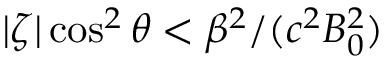
| \zeta | \cos ^ { 2 } \theta < \beta ^ { 2 } / ( c ^ { 2 } B _ { 0 } ^ { 2 } )